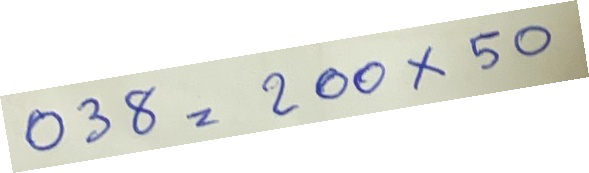
038 = 200x50